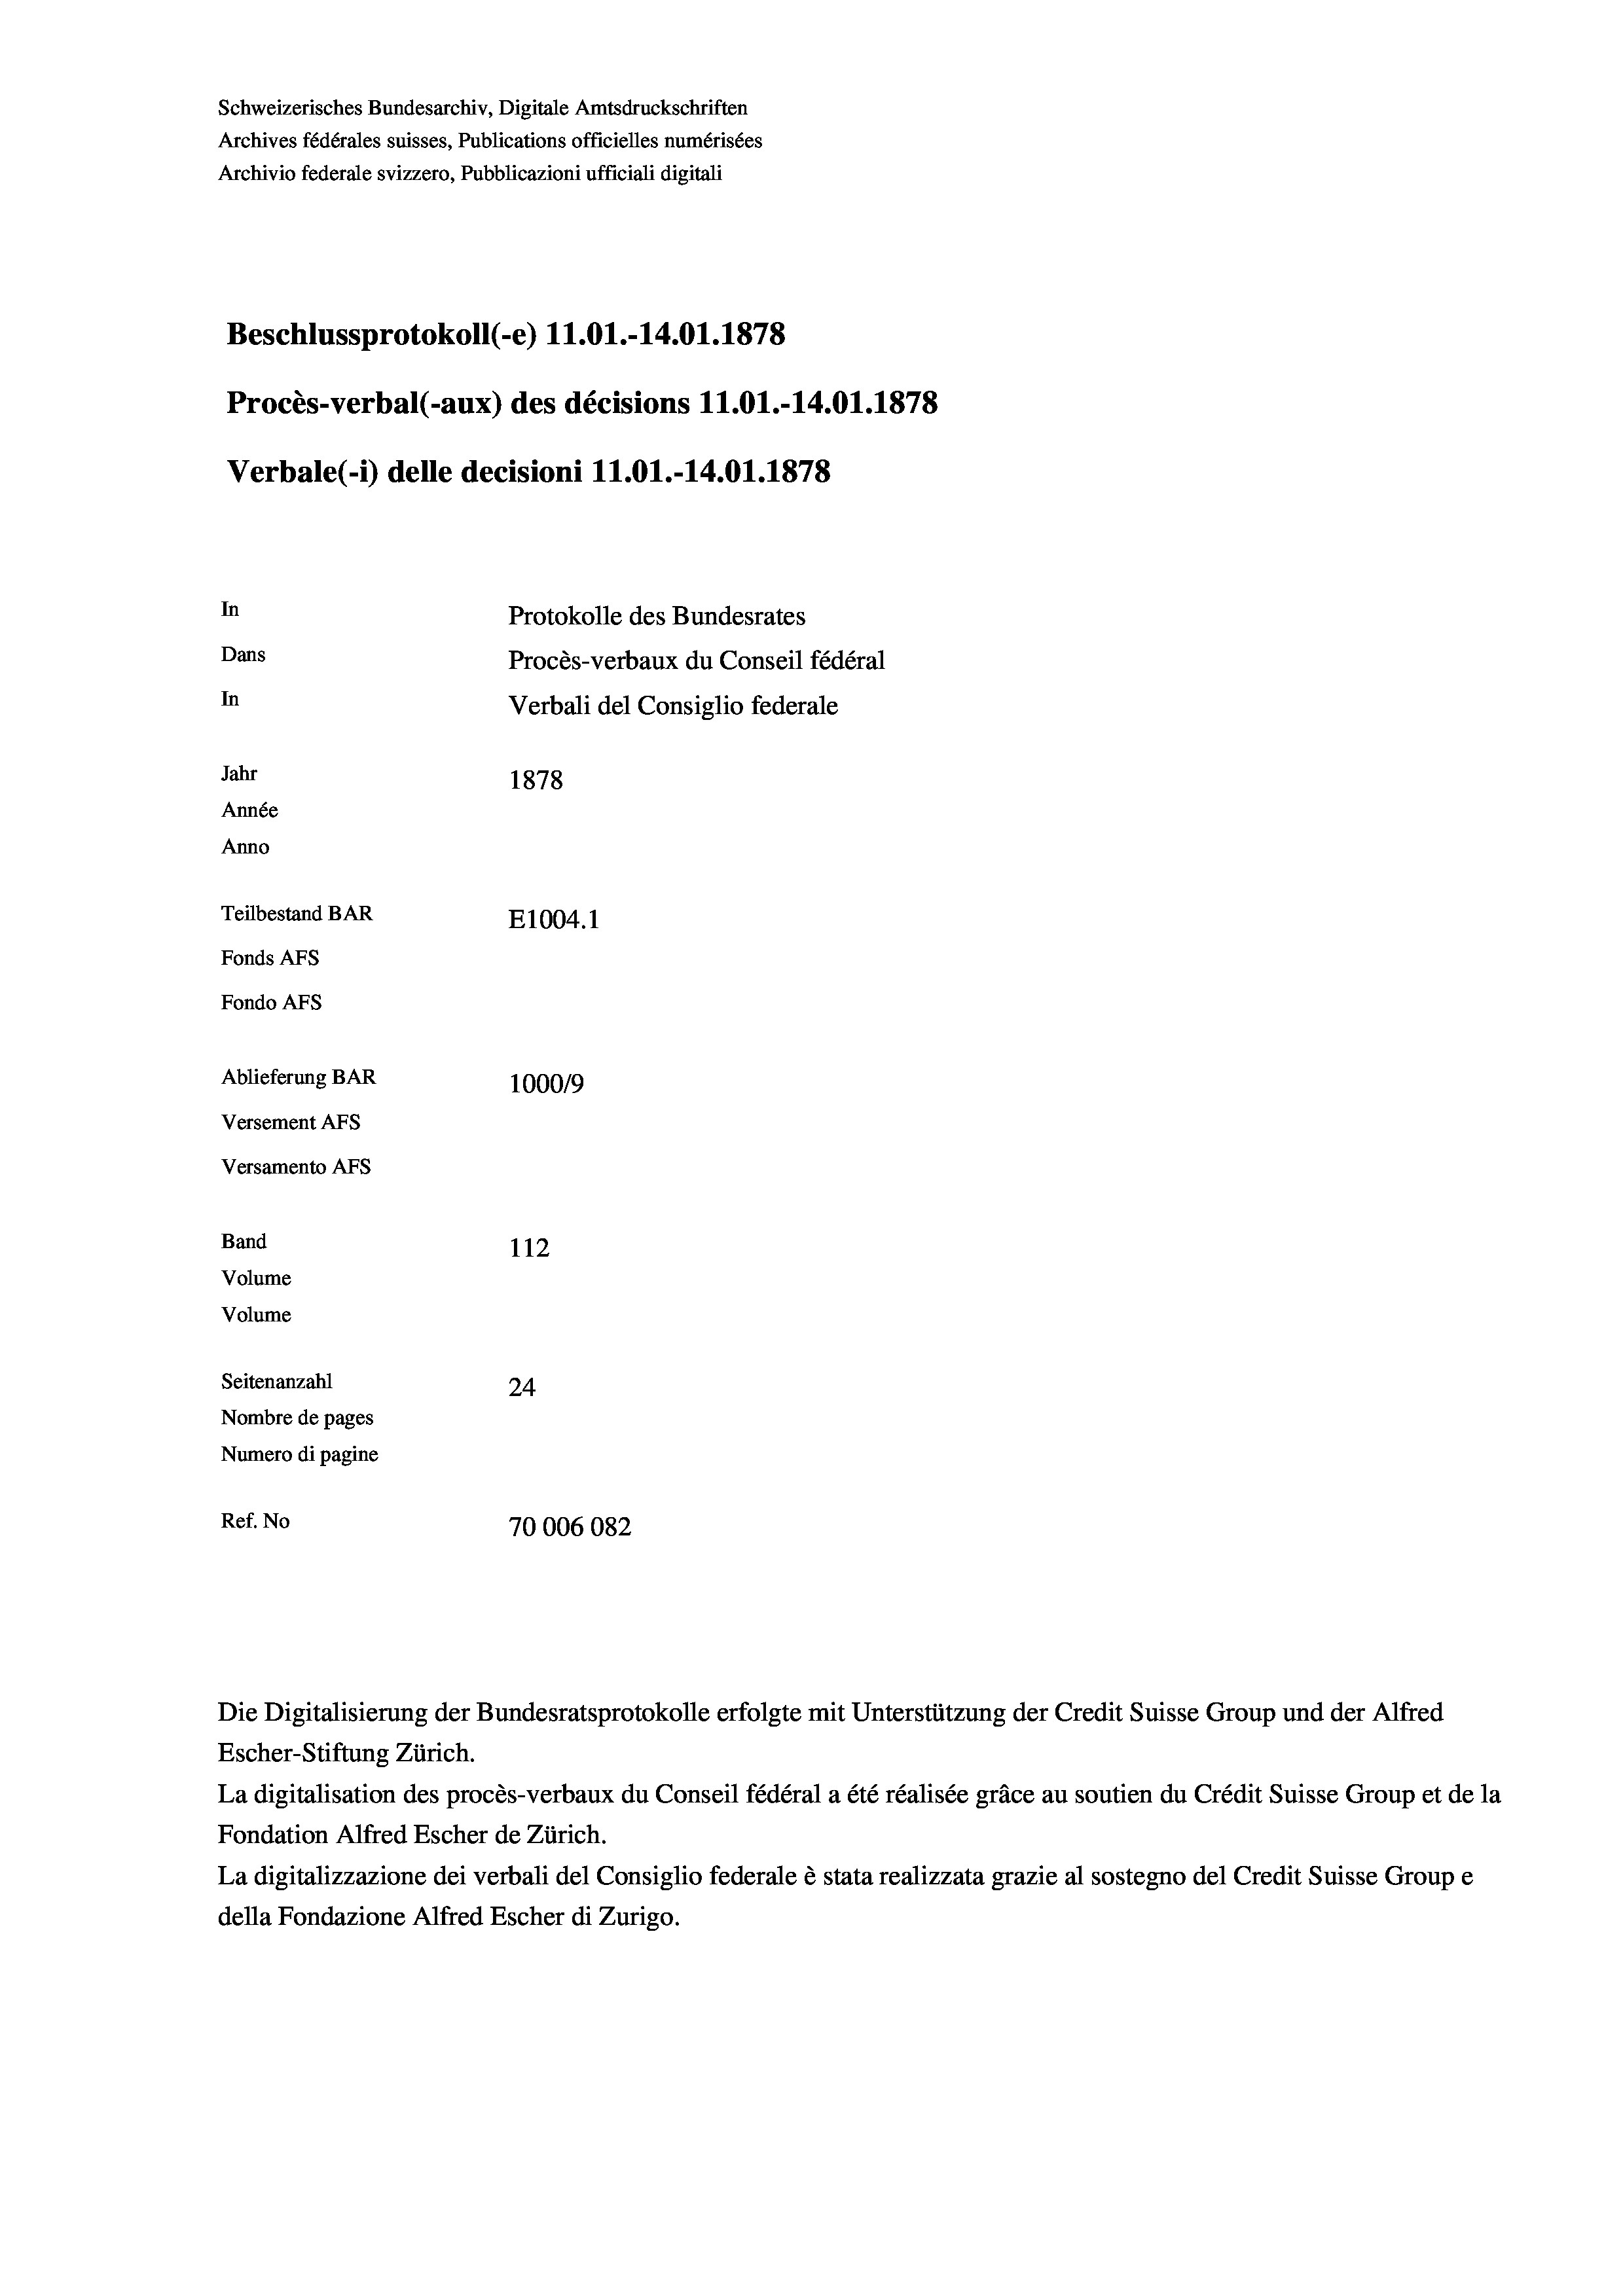
Schweizerisches Bundesarchiv, Digitale Amtsdruckschriften
Archives fédérales suisses, Publications officielles numérisées
Archivio federale svizzero, Pubblicazioni ufficiali digitali
Beschlussprotokoll (-e) 11.01.-14.01. 1878
Procès-verbal (-aux) des décisions 11.01.-14.01. 1878
Verbale (- 1) delle decisioni 11.01.-14.01. 1878
In
Protokolle des Bundesrates
Dans
Procès-verbaux du Conseil fédéral
In
Verbali del Consiglio federale
Jahr
1878
Année
Anno
Teilbestand BAR
E1004. 1
Fonds AFs
Fondo Afs
Ablieferung BAR
100019
Versement AFs
Versamento AFS
Band
112
Volume
Volume
Seitenanzahl
24
Nombre de pages
Numero di pagine
Ref. No
70006082

Escher-Stiftung Zürich.
La digitalisation des procès-verbaux du Conseil fédéral a été réalisée gräce au soutien du Crédit Suisse Group et de la
Fondation Alfred Escher de Zürich.
La digitalizzazione dei verbali del Consiglio federale è stata realizzata grazie al sostegno del Credit Suisse Groupe
della Fondazione Alfred Escher di Zurigo.

Die Digitalisierung der Bundesratsprotokolle erfolgte mit Unterstützung der Credit Suisse Group und der Alfred